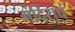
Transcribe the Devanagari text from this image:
मंदिराचं